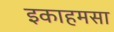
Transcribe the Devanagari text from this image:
इकाहमसा